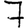
Digit: 7